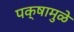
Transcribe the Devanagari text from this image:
पक्षामुळे